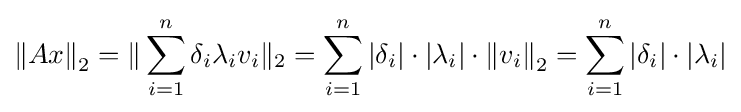
{\|Ax\|}_{2}=\|\sum _{i=1}^{n}\delta _{i}\lambda _{i}v_{i}\|_{2}=\sum _{i=1}^{n}{|\delta _{i}|}\cdot {|\lambda _{i}|}\cdot {\|v_{i}\|}_{2}=\sum _{i=1}^{n}{|\delta _{i}|}\cdot {|\lambda _{i}|}